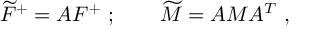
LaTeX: \widetilde { \cal F } ^ { + } = A { \cal F } ^ { + } \ ; \qquad \widetilde M = A M A ^ { T } \ ,